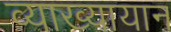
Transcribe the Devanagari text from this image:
व्याख्यायान